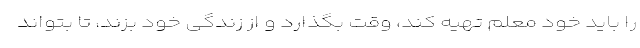
را باید خود معلم تهیه کند، وقت بگذارد و از زندگی خود بزند، تا بتواند